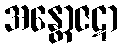
အန္တောဇဋာ